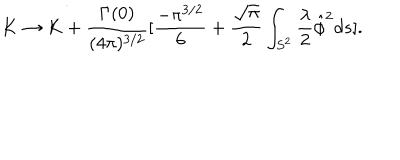
LaTeX: K \rightarrow K + \frac { \Gamma ( 0 ) } { ( 4 \pi ) ^ { 3 / 2 } } [ \frac { - \pi ^ { 3 / 2 } } { 6 } + \frac { \sqrt { \pi } } { 2 } \int _ { S ^ { 2 } } \frac { \lambda } { 2 } \hat { \phi } ^ { 2 } d s ] .